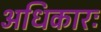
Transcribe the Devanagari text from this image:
अधिकारः